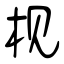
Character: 枧